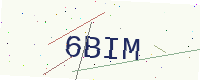
Text: 6BIM